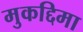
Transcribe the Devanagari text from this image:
मुकद्दिमा